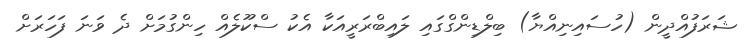
ޝަރަފުއްދީން (ހުސައިނިއްޔާ) ބިލްޑިންގްގައި ލައިބްރަރީއަކާ އެކު ސްކޫލެއް ހިންގުމަށް ދެ ވަނަ ފަހަރަށް